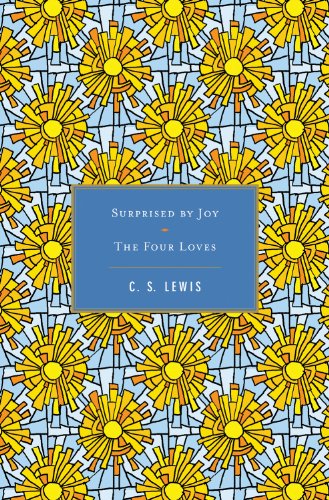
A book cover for Surprised by Joy / The Four Loves; C. S. Lewis; Christian Books & Bibles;